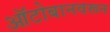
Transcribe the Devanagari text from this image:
ऑटोबानवरून